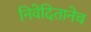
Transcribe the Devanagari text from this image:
निवेदितानेच